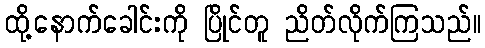
ထို့နောက်ခေါင်းကို ပြိုင်တူ ညိတ်လိုက်ကြသည်။